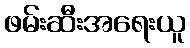
ဖမ်းဆီးအရေးယူ